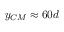
y _ { C M } \approx 6 0 d